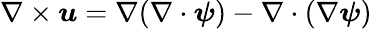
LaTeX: \nabla\times\boldsymbol{u}=\nabla(\nabla\cdot\boldsymbol{\psi})-\nabla\cdot(\nabla\boldsymbol{\psi})